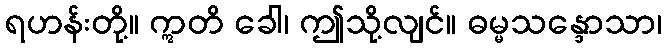
ရဟန်းတို့။ ဣတိ ခေါ၊ ဤသို့လျင်။ ဓမ္မသန္ဒောသာ၊